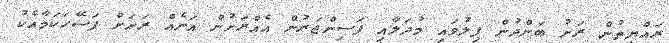
ރައްޔިތުން ރަށު ބަންދުން ފިލުވައި މުދަލާއި ފަސިންޖަރުން އެއްރަށުން އަނެއް ރަށަށް ފަސޭހަކަމާއެކު